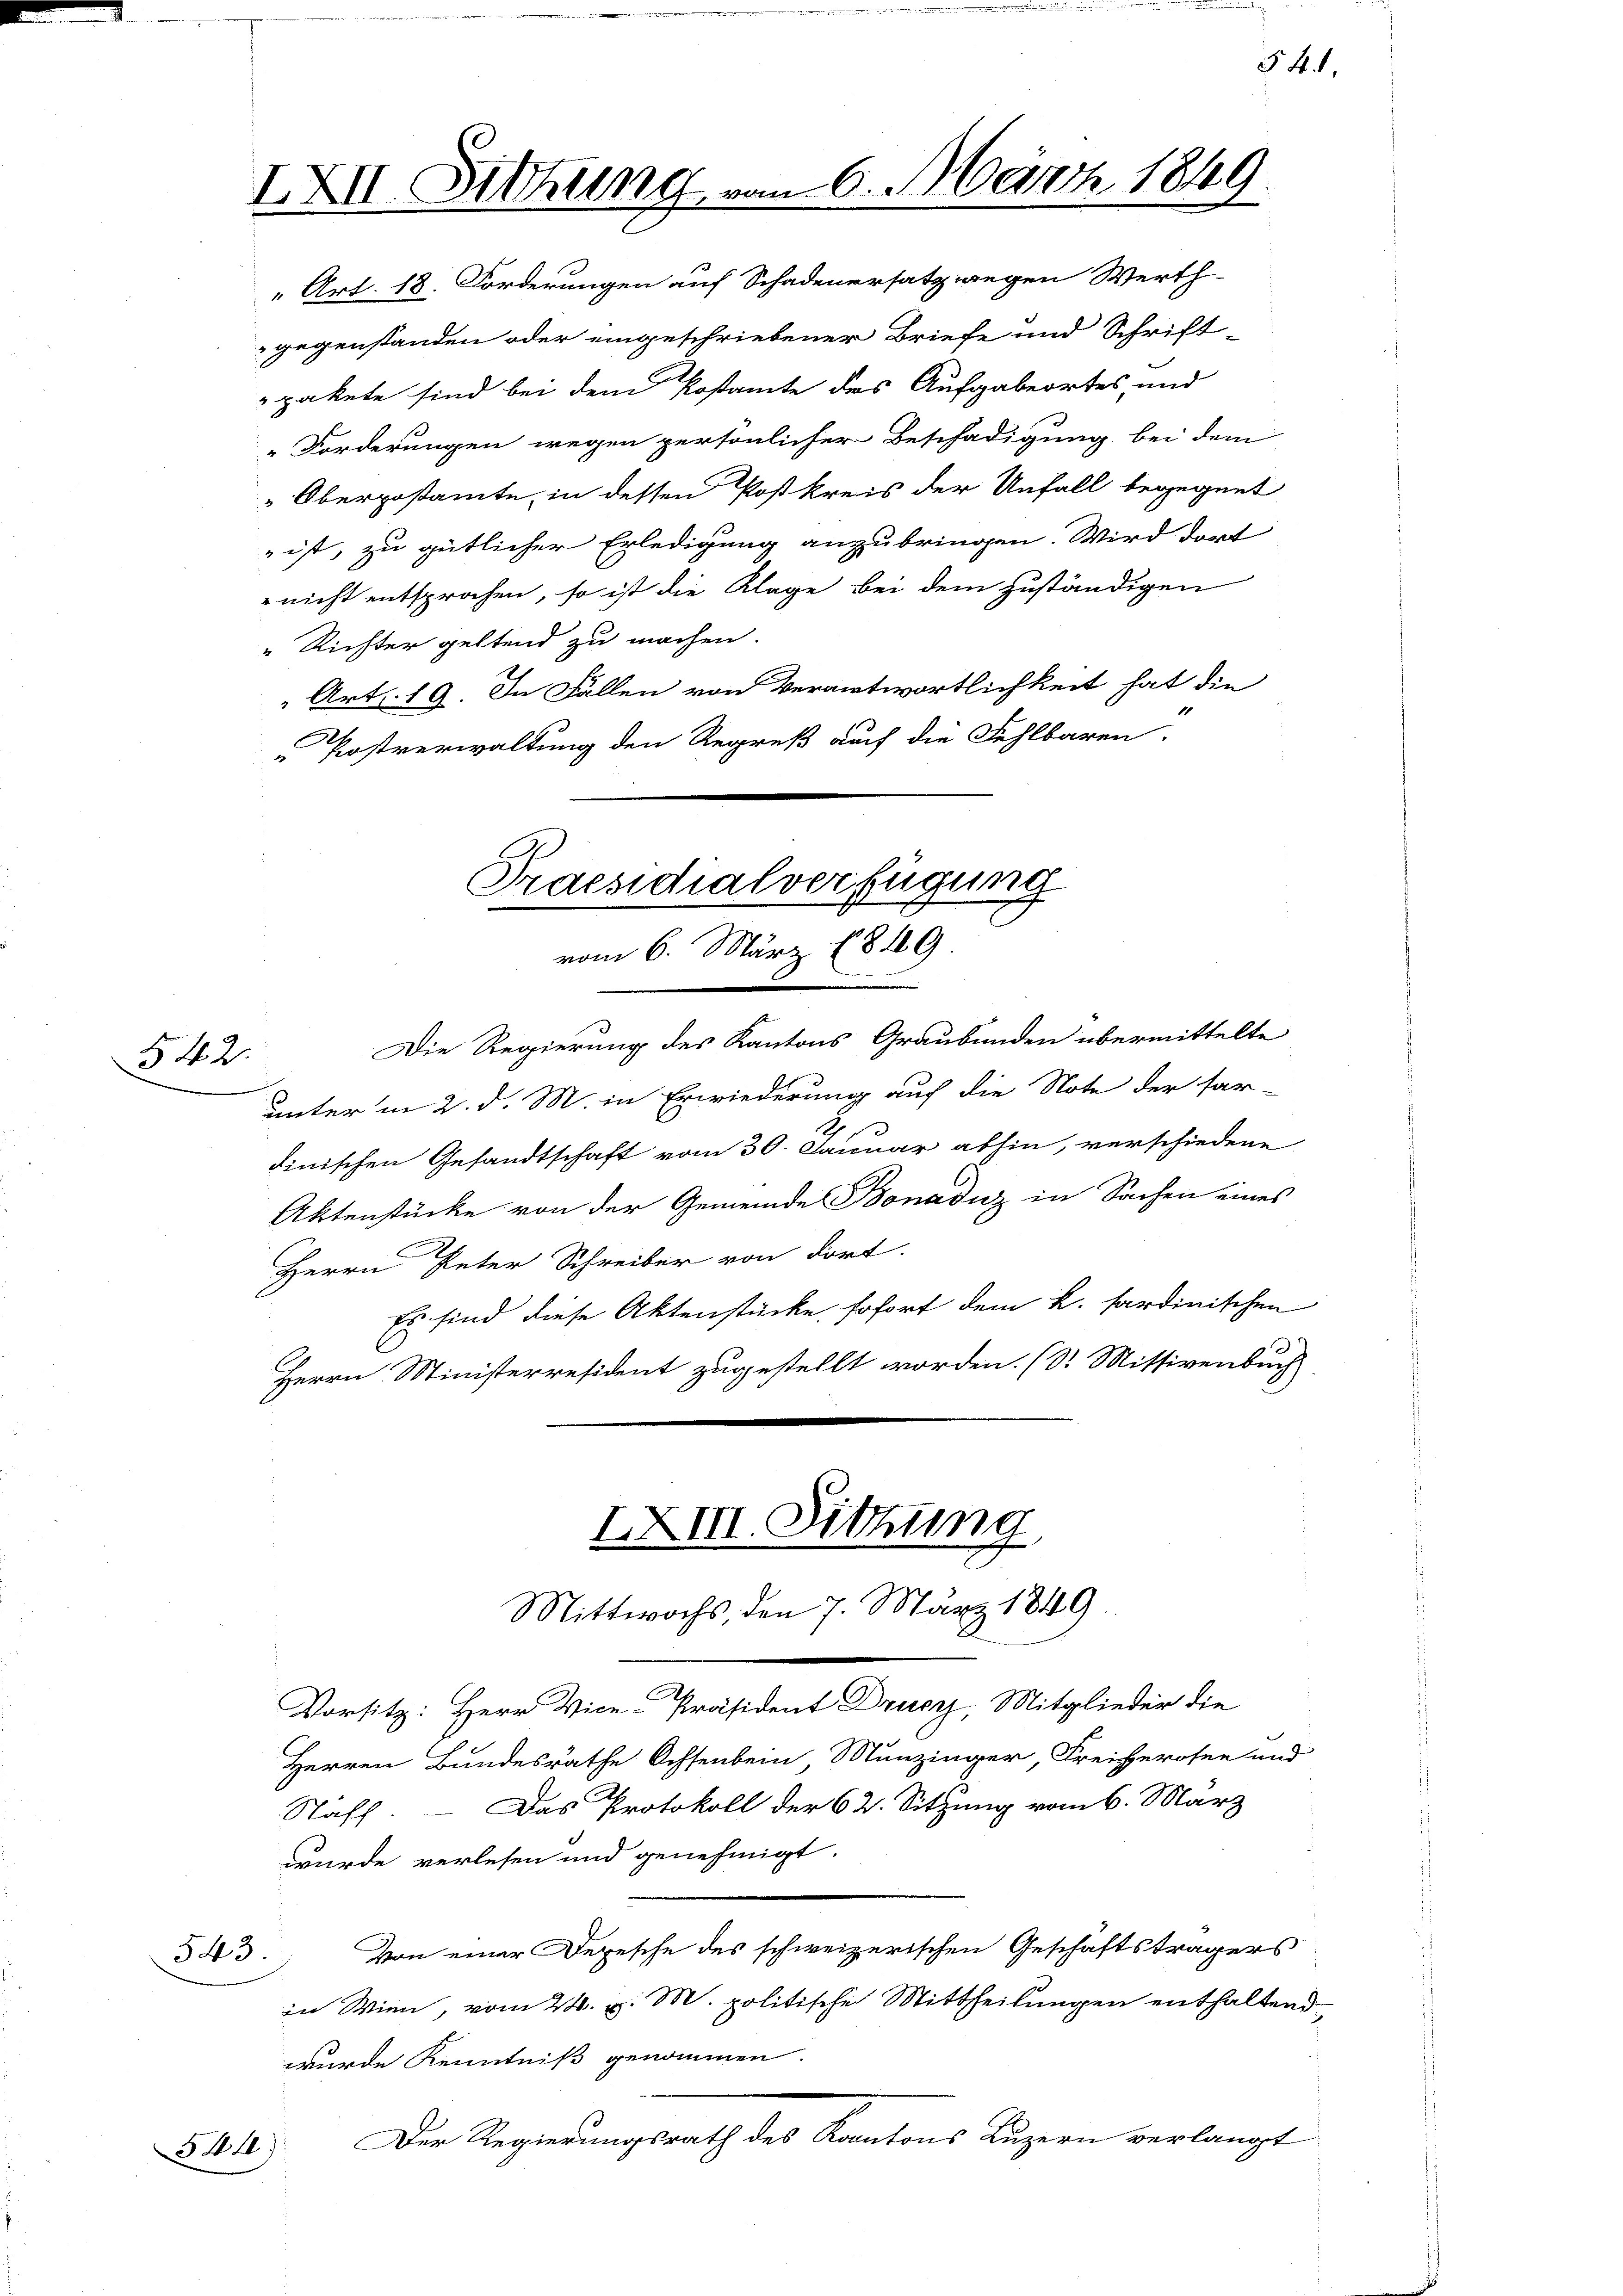
542.

Art. 18. Forderungen auf Schadenersatz wegen Werth-
gegenstanden oder eingeschriebener Briefe und Schrift-
pakete sind bei dem Postamte des Aufgabeortes und
Forderungen wegen persönlicher Beschädigung bei dem
"Oberpostamte, in dessen Postkreis der Unfall begegnet
ist, zu gütlicher Erledigung anzubringen. Wird dort
nicht entsprochen, so ist die Klage bei dem zuständigen
"Richter geltend zu machen.
 Art. 19. In Fällen von Verantwortlichkeit hat die
Postverwaltung den Regreß auch die Fehlbaren.

543.

544)

IXII. Sitzung, u.

Praesidialverfügung
l
vom 6. März 1849.

XXIII. Sitzung
Mittwochs, den 7. März 1849

6. März 1849

Die Regierung des Kantons Graubünden übermittelte
unter in 2. d. M. in Erwiederung auf die Note der har-
dinischen Gesandtschaft vom 30. Januar abhin, verschiedene
Aktenstücke von der Gemeinde Bonaduz in Sachen eines
Herrn Peter Schreiber von dort.
Es sind diese Aktenstücke sofort dem k. sardinischen
Herrn Ministerresident zugestellt worden. (Dr. Mittivenbuch

Vorsitz: Herr Vice-Präsident Drucz, Mitglieder die
Herren Bundesräthe Ochsenbein, Munzinger, Freiherosen und
Staff. — Das Protokoll der 62. Sitzung vom 6. März
wurde verlesen und genehmigt.
Von einer Depesche des schweizerischen Geschäftsträgers
in Wien, vom 24. v. M. politische Mittheilungen enthaltend
wurde Kenntniß genommen.
Der Regierungsrath des Kantons Luzern verlangt

§. 4.